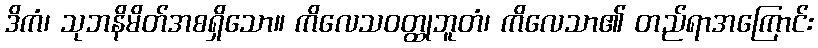
ဒိကံ၊ သုဘနိမိတ်အစရှိသော။ ကိလေသဝတ္ထုဘူတံ၊ ကိလေသာ၏ တည်ရာအကြောင်း